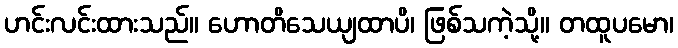
ဟင်းလင်းထားသည်။ ဟောတိသေယျထာပိ၊ ဖြစ်သကဲ့သို့။ တထူပမော၊